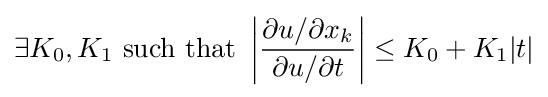
\exists K_{0},K_{1}{\text{ such that }}\left|{\frac {\partial u/\partial x_{k}}{\partial u/\partial t}}\right|\leq K_{0}+K_{1}|t|